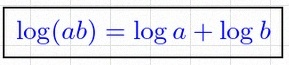
\log(ab)=\log a+\log b